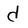
Character: d